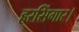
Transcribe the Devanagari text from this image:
हरसिंगार।